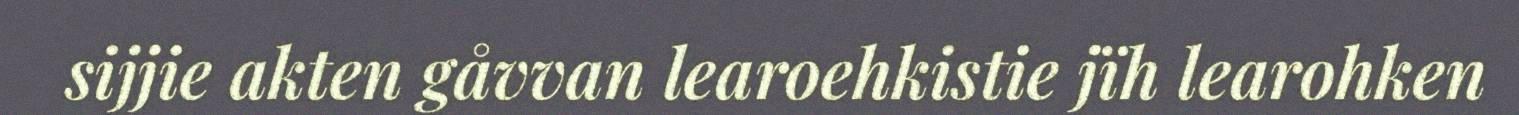
sijjie akten gåvvan learoehkistie jïh learohken